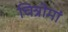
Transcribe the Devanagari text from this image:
चित्रोमां